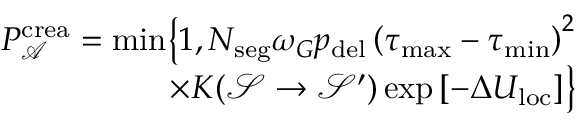
\begin{array} { r } { P _ { \mathcal { A } } ^ { \mathrm { c r e a } } = \operatorname* { m i n } \bigr \{ 1 , N _ { \mathrm { s e g } } \omega _ { G } p _ { \mathrm { d e l } } \left( \tau _ { \mathrm { m a x } } - \tau _ { \mathrm { m i n } } \right) ^ { 2 } } \\ { \times K ( \mathcal { S } \rightarrow \mathcal { S } ^ { \prime } ) \exp \left[ - \Delta U _ { \mathrm { l o c } } \right] \bigr \} } \end{array}